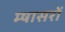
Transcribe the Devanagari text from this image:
म्षासरों